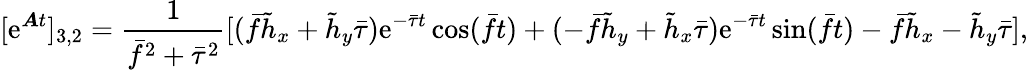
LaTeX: [\mathrm{e}^{\boldsymbol{A}t}]_{3,2}=\frac{1}{\bar{f}^{2}+\bar{\tau}^{2}}[(\bar{f}\tilde{h}_{x}+\tilde{h}_{y}\bar{\tau})\mathrm{e}^{-\bar{\tau}t}\cos(\bar{f}t)+(-\bar{f}\tilde{h}_{y}+\tilde{h}_{x}\bar{\tau})\mathrm{e}^{-\bar{\tau}t}\sin(\bar{f}t)-\bar{f}\tilde{h}_{x}-\tilde{h}_{y}\bar{\tau}],